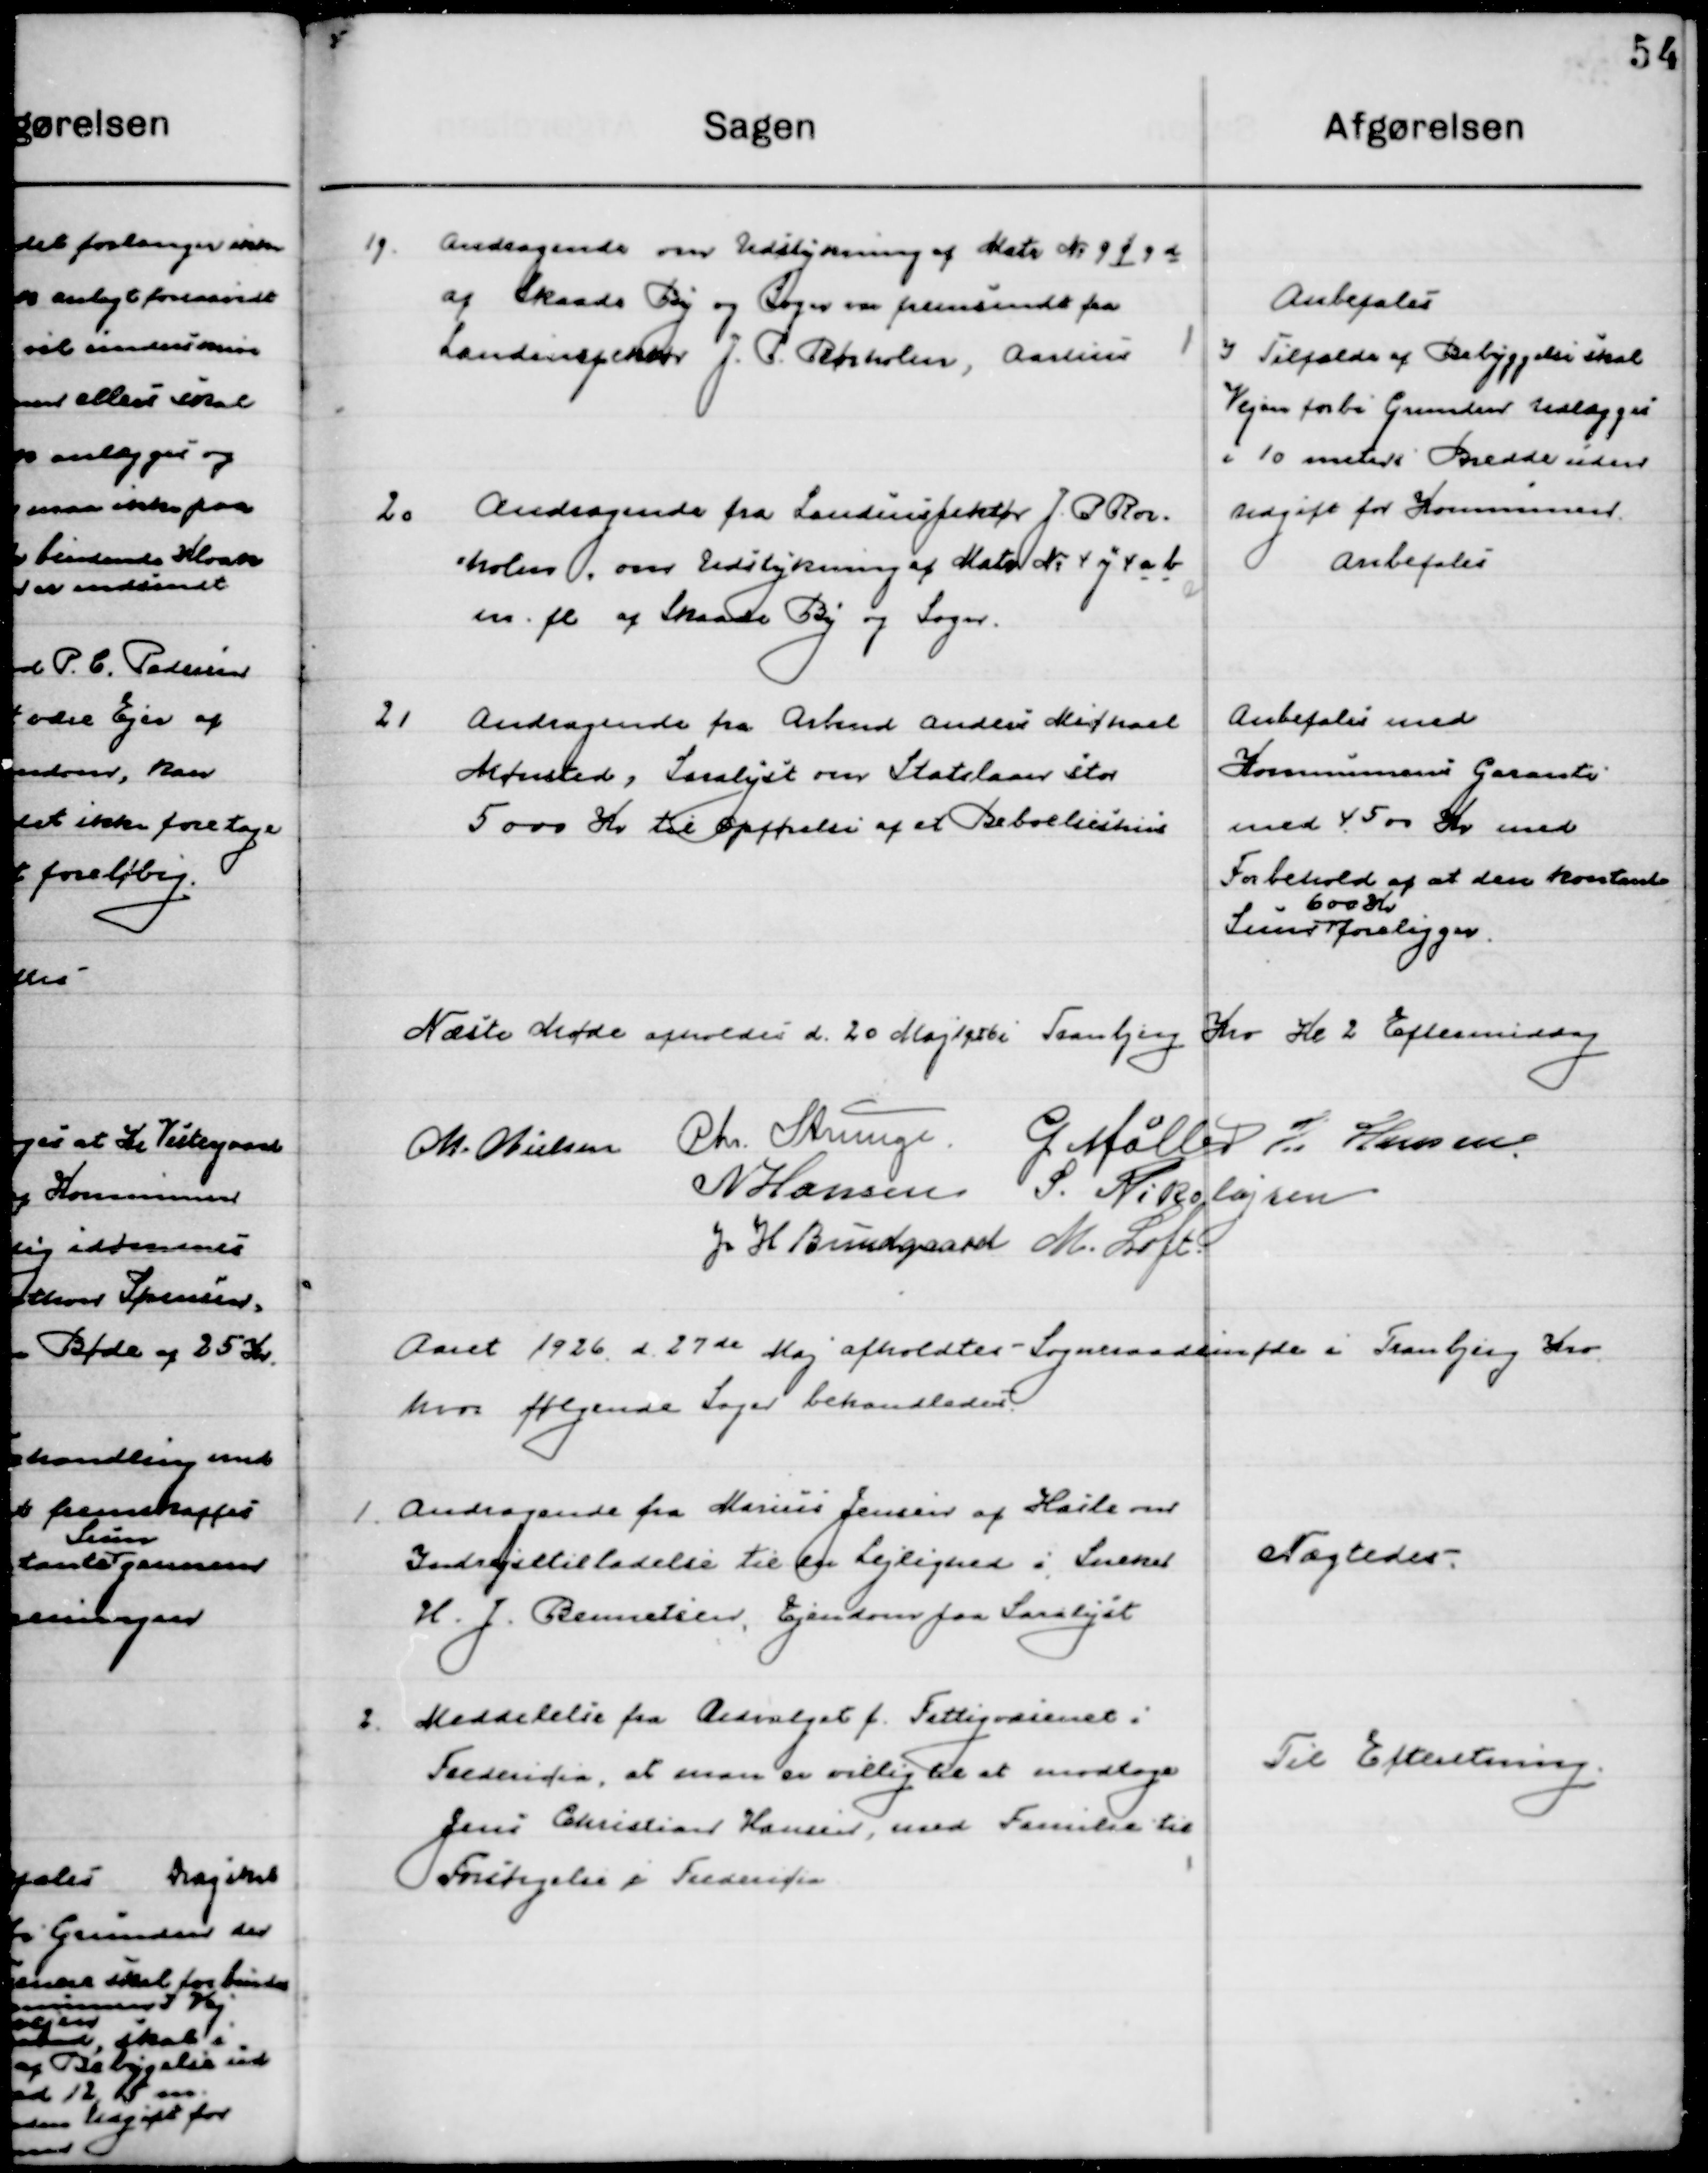
Transskription:
19

Andragende om Udstykning af Mrtr. No. 9 f 9 d
af Skaade By og Sogn var fremsendt fra
Landinspektør J. P. Rørholm, Aarhus.

Anbefales
I Tilfælde af Bebyggelse skal
Vejen forbi Grunden Udlægges
I 10 meters Bredde uden  
udgift for Kommunen

20

Andragende fra Landinspektør J. P. Rør-
holm, om Udstykning af Mrtr. No. 4 y 4 a b 
m.fl. af Skaade By og Sogn.

Anbefales

21

Andragende fra Arbmd. Andreas Michael
Mønsted, Saralyst om Statslaan stor
5000 Kr. til Opførelse af et Beboelsehus

Anbefales med
Kommunens Garanti
med 4500 Kr. med 
Forbehold af at den kontante
Sum  
600 Kr.
foreligger.

Næste Møde afholdes d. 20 Maj 1926 i Tranbjerg Kro Kl. 2 Eftermiddag.

M. Nielsen
Chr. Strunge	
G. Møller
H. Hansen
N. Hansen	
S. Nikolajsen
J. H. Bundgaard
M. Loft

Aaret 1926 d. 27de Maj afholdtes Sogneraadsmøde i Tranbjerg Kro
hvor følgende Sager behandledes.

1

Andragende fra Marius Jensen af Hasle om
Indrejsetilladelse til en Lejlighed i Sneker
H. J. Bernsteins, Ejendom paa Saralyst

Nægtedes.

2

Meddelelse fra Udvalget f. Fattigvæsenet i
Fredericia. at man er villig til at modtage
Jens Christian Hansen, med Familie til
Forsørgelse i Fredericia.

Til Efterretning